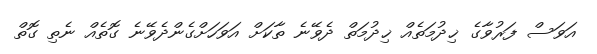
އަވަސް ފަރުވާގެ ޚިދުމަތެއް ޚިދުމަތް ދެވޭނެ ތާކަށް އަވަހަށްގެންދެވޭނެ ގޮތެއް ނެތި ގޮތް